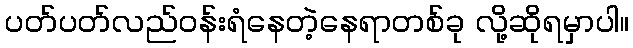
ပတ်ပတ်လည်ဝန်းရံနေတဲ့နေရာတစ်ခု လို့ဆိုရမှာပါ။